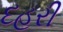
દહરી